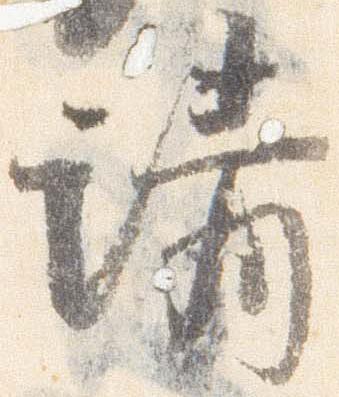
請